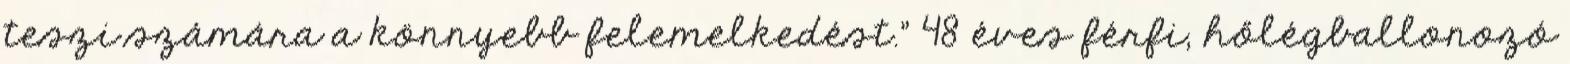
teszi számára a könnyebb felemelkedést.” 48 éves férfi, hőlégballonozó